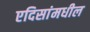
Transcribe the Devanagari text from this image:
एदिसांमधील